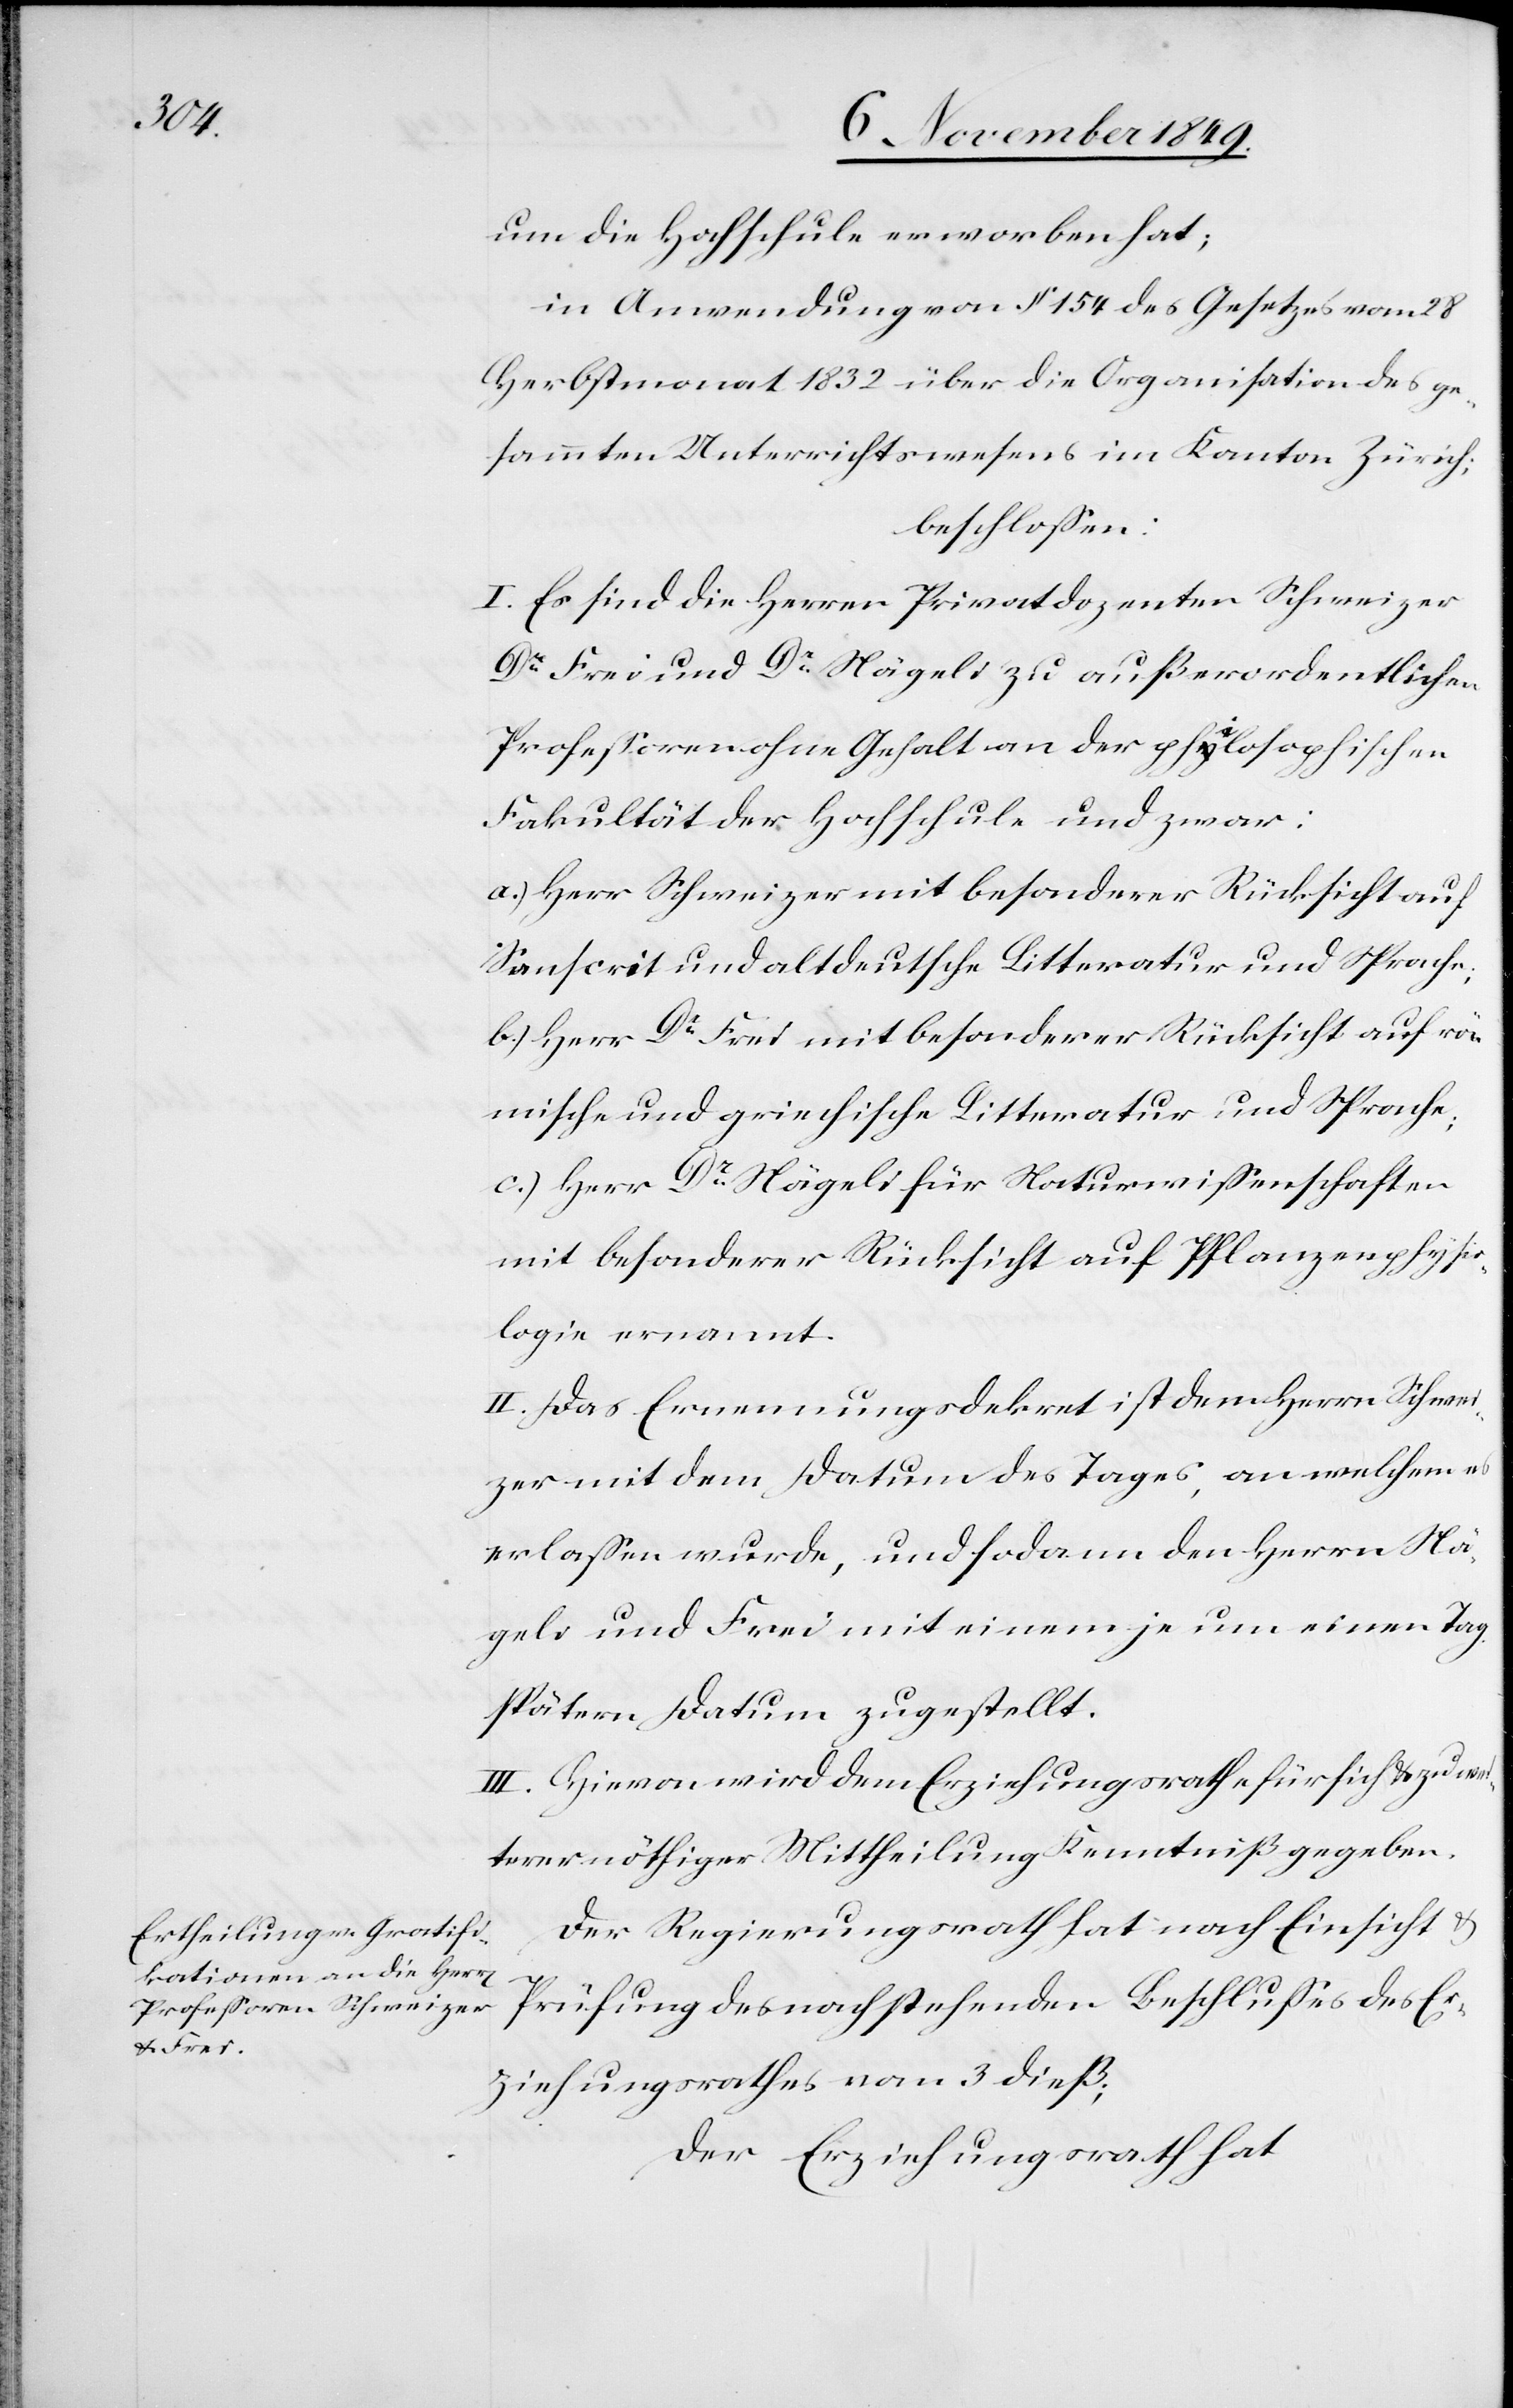
um die Hochschule erworben hat;
in Anwendung von § 154 des Gesetzes vom 28
Herbstmonat 1832 über die Organisation des ge¬
sammten Unterrichtswesens im Kanton Zürich;
beschloßen:
I. Es sind die Herren Privatdozenten Schweizer
Dr Frei und Dr Nägeli zu außerordentlichen
Profeßoren ohne Gehalt an der philosophischen
Fakultät der Hochschule und zwar:
a.) Herr Schweizer mit besonderer Rücksicht auf
Sanscrit und altdeutsche Litteratur und Sprache;
b.) Herr Dr Frei mit besonderer Rücksicht auf rö¬
mische und griechische Litteratur und Sprache;
c.) Herr Dr Nägeli für Naturwißenschaften
mit besonderer Rücksicht auf Pflanzenphysio¬
logie ernannt.
II. Das Ernennungsdekret ist dem Herrn Schwei¬
zer mit dem Datum des Tages, an welchem es
erlaßen wurde, und sodann den Herrn Nä¬
geli und Frei mit einem je um einen Tag
spätern Datum zugestellt.
III. Hievon wird dem Erziehungsrathe für sich und zu wei¬
terer nöthiger Mittheilung Kenntniß gegeben.
Der Regierungsrath hat nach Einsicht u.
Prüfung des nachstehenden Beschlußes des Er¬
ziehungsrathes vom 3 dieß;
Der Erziehungsrath hat